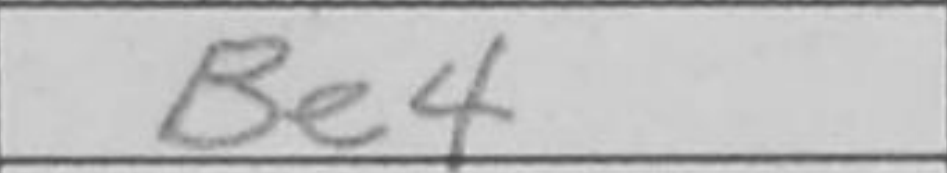
Transcription: Be4